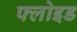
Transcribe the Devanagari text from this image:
फ्लोइड